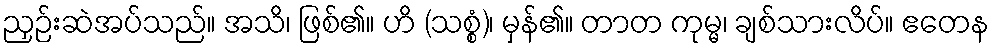
ညှဉ်းဆဲအပ်သည်။ အသိ၊ ဖြစ်၏။ ဟိ (သစ္စံ)၊ မှန်၏။ တာတ ကုမ္မ၊ ချစ်သားလိပ်။ ဧတေန